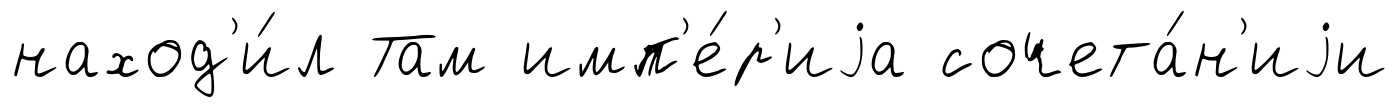
наход'и́л Там имп'е́р'иjа сочета́н'иjи